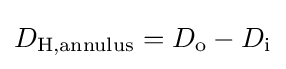
D_{\text{H,annulus}}=D_{\text{o}}-D_{\text{i}}